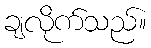
ချလိုက်သည်။